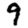
Digit: 9